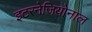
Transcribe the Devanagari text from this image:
इटरनेजियोनाल